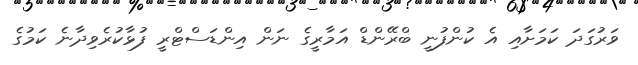
ވަރުގަދަ ކަމަށާއި އެ ކުންފުނީ ބްރޭންޑް އަމާރީގެ ނަން އިންޑަސްޓްރީ ފުޅާކުރެވިދާނެ ކަމުގެ